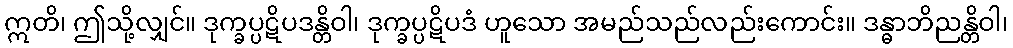
ဣတိ၊ ဤသို့လျှင်။ ဒုက္ခပ္ပဋိပဒန္တိဝါ၊ ဒုက္ခပ္ပဋိပဒံ ဟူသော အမည်သည်လည်းကောင်း။ ဒန္ဓာဘိညန္တိဝါ၊